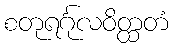
စတုရင်္ဂုလဝိတ္ထတံ